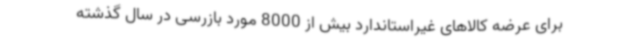
برای عرضه کالاهای غیراستاندارد بیش از 8000 مورد بازرسی در سال گذشته